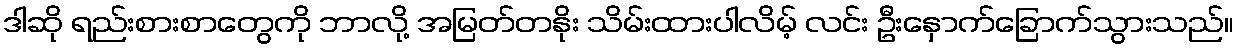
ဒါဆို ရည်းစားစာတွေကို ဘာလို့ အမြတ်တနိုး သိမ်းထားပါလိမ့် လင်း ဦးနှောက်ခြောက်သွားသည်။